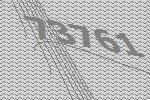
73761